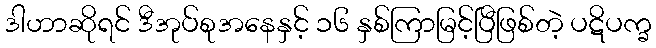
ဒါဟာဆိုရင် ဒီအုပ်စုအနေနှင့် ၁၆ နှစ်ကြာမြင့်ပြီဖြစ်တဲ့ ပဋိပက္ခ